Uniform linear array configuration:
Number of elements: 32
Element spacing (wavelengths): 0.25
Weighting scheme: exponential
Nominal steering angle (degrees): -30
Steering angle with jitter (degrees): -30.461
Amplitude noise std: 0.05
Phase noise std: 0.05

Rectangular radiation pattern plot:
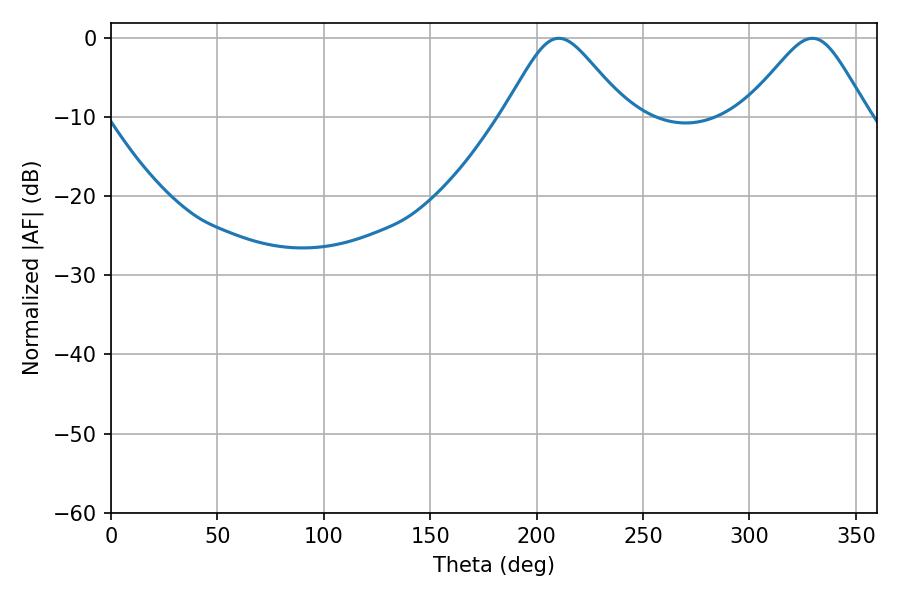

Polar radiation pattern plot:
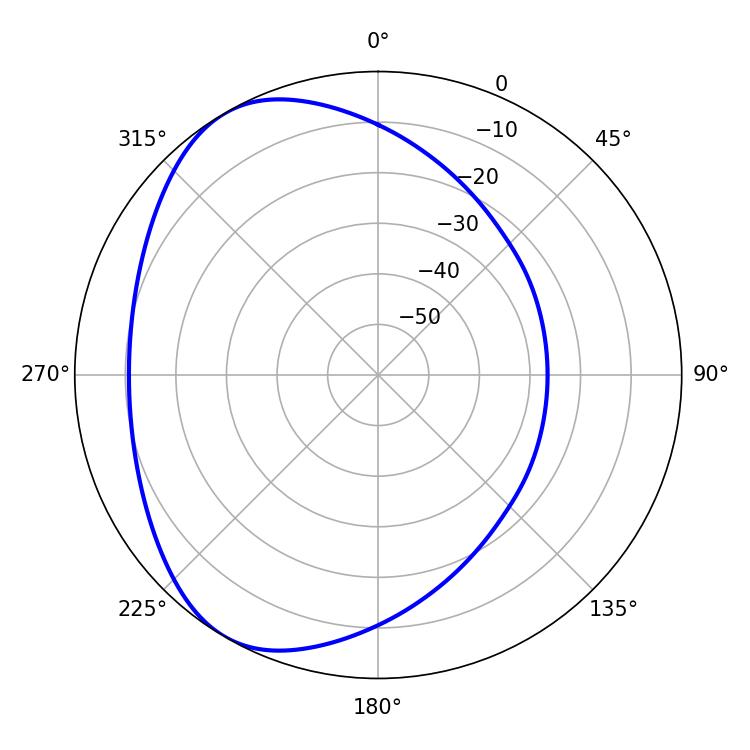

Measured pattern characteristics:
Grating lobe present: FALSE
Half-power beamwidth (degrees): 27.9
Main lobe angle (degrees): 210.42